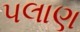
પલાણ